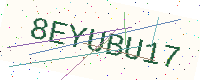
Text: 8EYUBU17